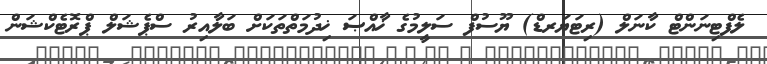
ލެފްޓިނަންޓް ކާނަލް (ރިޓަޔަރޑް) ޔޫސުފް ސަލީމުގެ ޚާއްޞަ ޚިދުމަތްތަކަށް ބަލާއިރު ސްޕެޝަލް ޕްރޮޓެކްޝަން